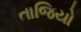
તાજિયો